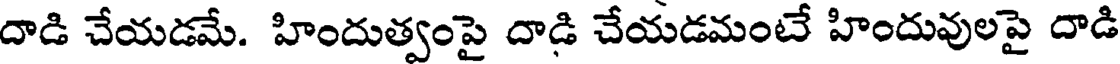
దాడి చేయడమే. హిందుత్వంపై దాడి చేయడమంటే హిందువులపై దాడి